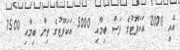
އެއީ 2000 އަކަފޫޓުގެ ފަސް ބިމާއި 5000 އަކަފޫޓުގެ ތިން ބިމާއި 7500